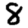
Digit: 8